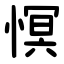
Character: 慏